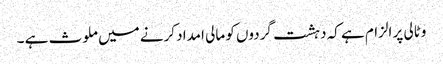
وٹالی پر الزام ہے کہ دہشت گردوں کو مالی امداد کرنے میں ملوث ہے ۔